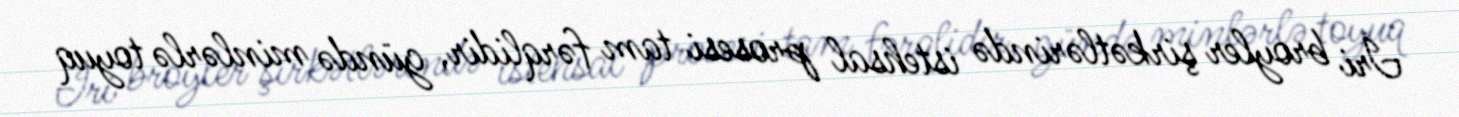
İri broyler şirkətlərində istehsal prosesi tam fərqlidir, gündə minlərlə toyuq